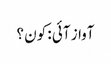
آواز آئی : کون ؟